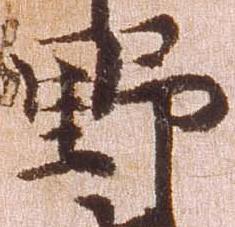
野